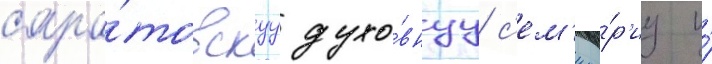
сара́товскуу духо́внуу с'ем'ина́р'иу и́